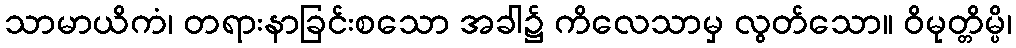
သာမာယိကံ၊ တရားနာခြင်းစသော အခါ၌ ကိလေသာမှ လွတ်သော။ ဝိမုတ္တိမ္ပိ၊